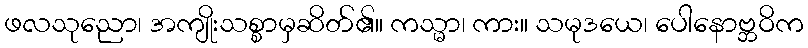
ဖလသုညော၊ အကျိုးသစ္စာမှဆိတ်၏။ ကသ္မာ၊ ကား။ သမုဒယေ၊ ပေါနောဗ္ဘဝိက